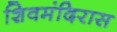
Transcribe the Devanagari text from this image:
शिवमंदिरास